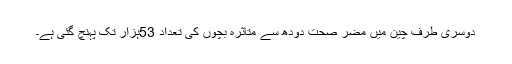
دوسری طرف چین میں مضر صحت دودھ سے متاثرہ بچوں کی تعداد 53ہزار تک پہنچ گئی ہے۔